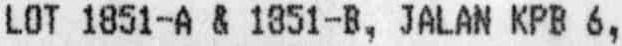
LOT 1851-A & 1851-B, JALAN KPB 6,